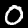
Digit: 0